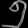
Digit: ၅